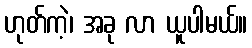
ဟုတ်ကဲ့၊ အခု လာ ယူပါမယ်။